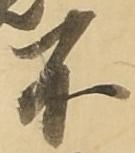
不